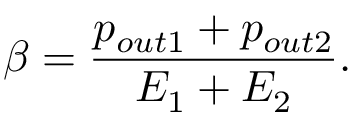
\beta = \frac { p _ { o u t 1 } + p _ { o u t 2 } } { E _ { 1 } + E _ { 2 } } .